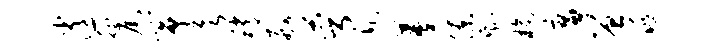
逍徘尾筝欲稍舸萼近蓁僚剩榆廉曾逃